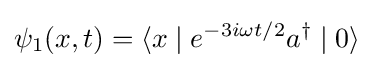
\psi _{1}(x,t)=\langle x\mid e^{-3i\omega t/2}a^{\dagger }\mid 0\rangle